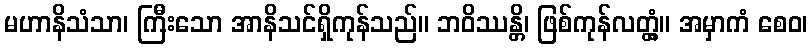
မဟာနိသံသာ၊ ကြီးသော အာနိသင်ရှိကုန်သည်။ ဘဝိဿန္တိ၊ ဖြစ်ကုန်လတ္တံ့။ အမှာကံ စေဝ၊